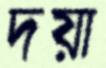
দয়া